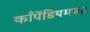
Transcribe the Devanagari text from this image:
काँपेंडियमच्या